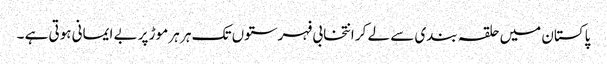
پاکستان میں حلقہ بندی سے لے کر انتخابی فہرستوں تک ہر ہر موڑ پر بے ایمانی ہوتی ہے ۔